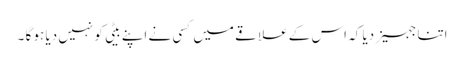
اتنا جہیز دیا کہ اس کے علا قے میں کسی نے اپنے بیٹی کو نہیں دیا ہو گا ۔